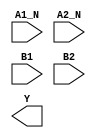
module sky130_fd_sc_ls__o2bb2ai (
    //# {{data|Data Signals}}
    input  A1_N,
    input  A2_N,
    input  B1  ,
    input  B2  ,
    output Y
);

    // Voltage supply signals
    supply1 VPWR;
    supply0 VGND;
    supply1 VPB ;
    supply0 VNB ;

endmodule